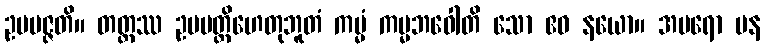
ဥပပဇ္ဇတိ။ တတ္ထဿ ဥပပတ္တိဟေတုဘူတံ ကမ္မံ ကမ္မဘဝေါတိ သော ဧဝ နယော။ အပရော ပန